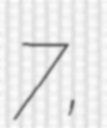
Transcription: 7,